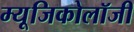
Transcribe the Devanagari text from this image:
म्‍यूजिकोलॉजी